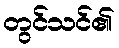
တွင်သင်၏